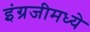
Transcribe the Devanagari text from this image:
इंग्रजीमध्‍ये